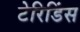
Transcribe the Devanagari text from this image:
टेरिडिंस